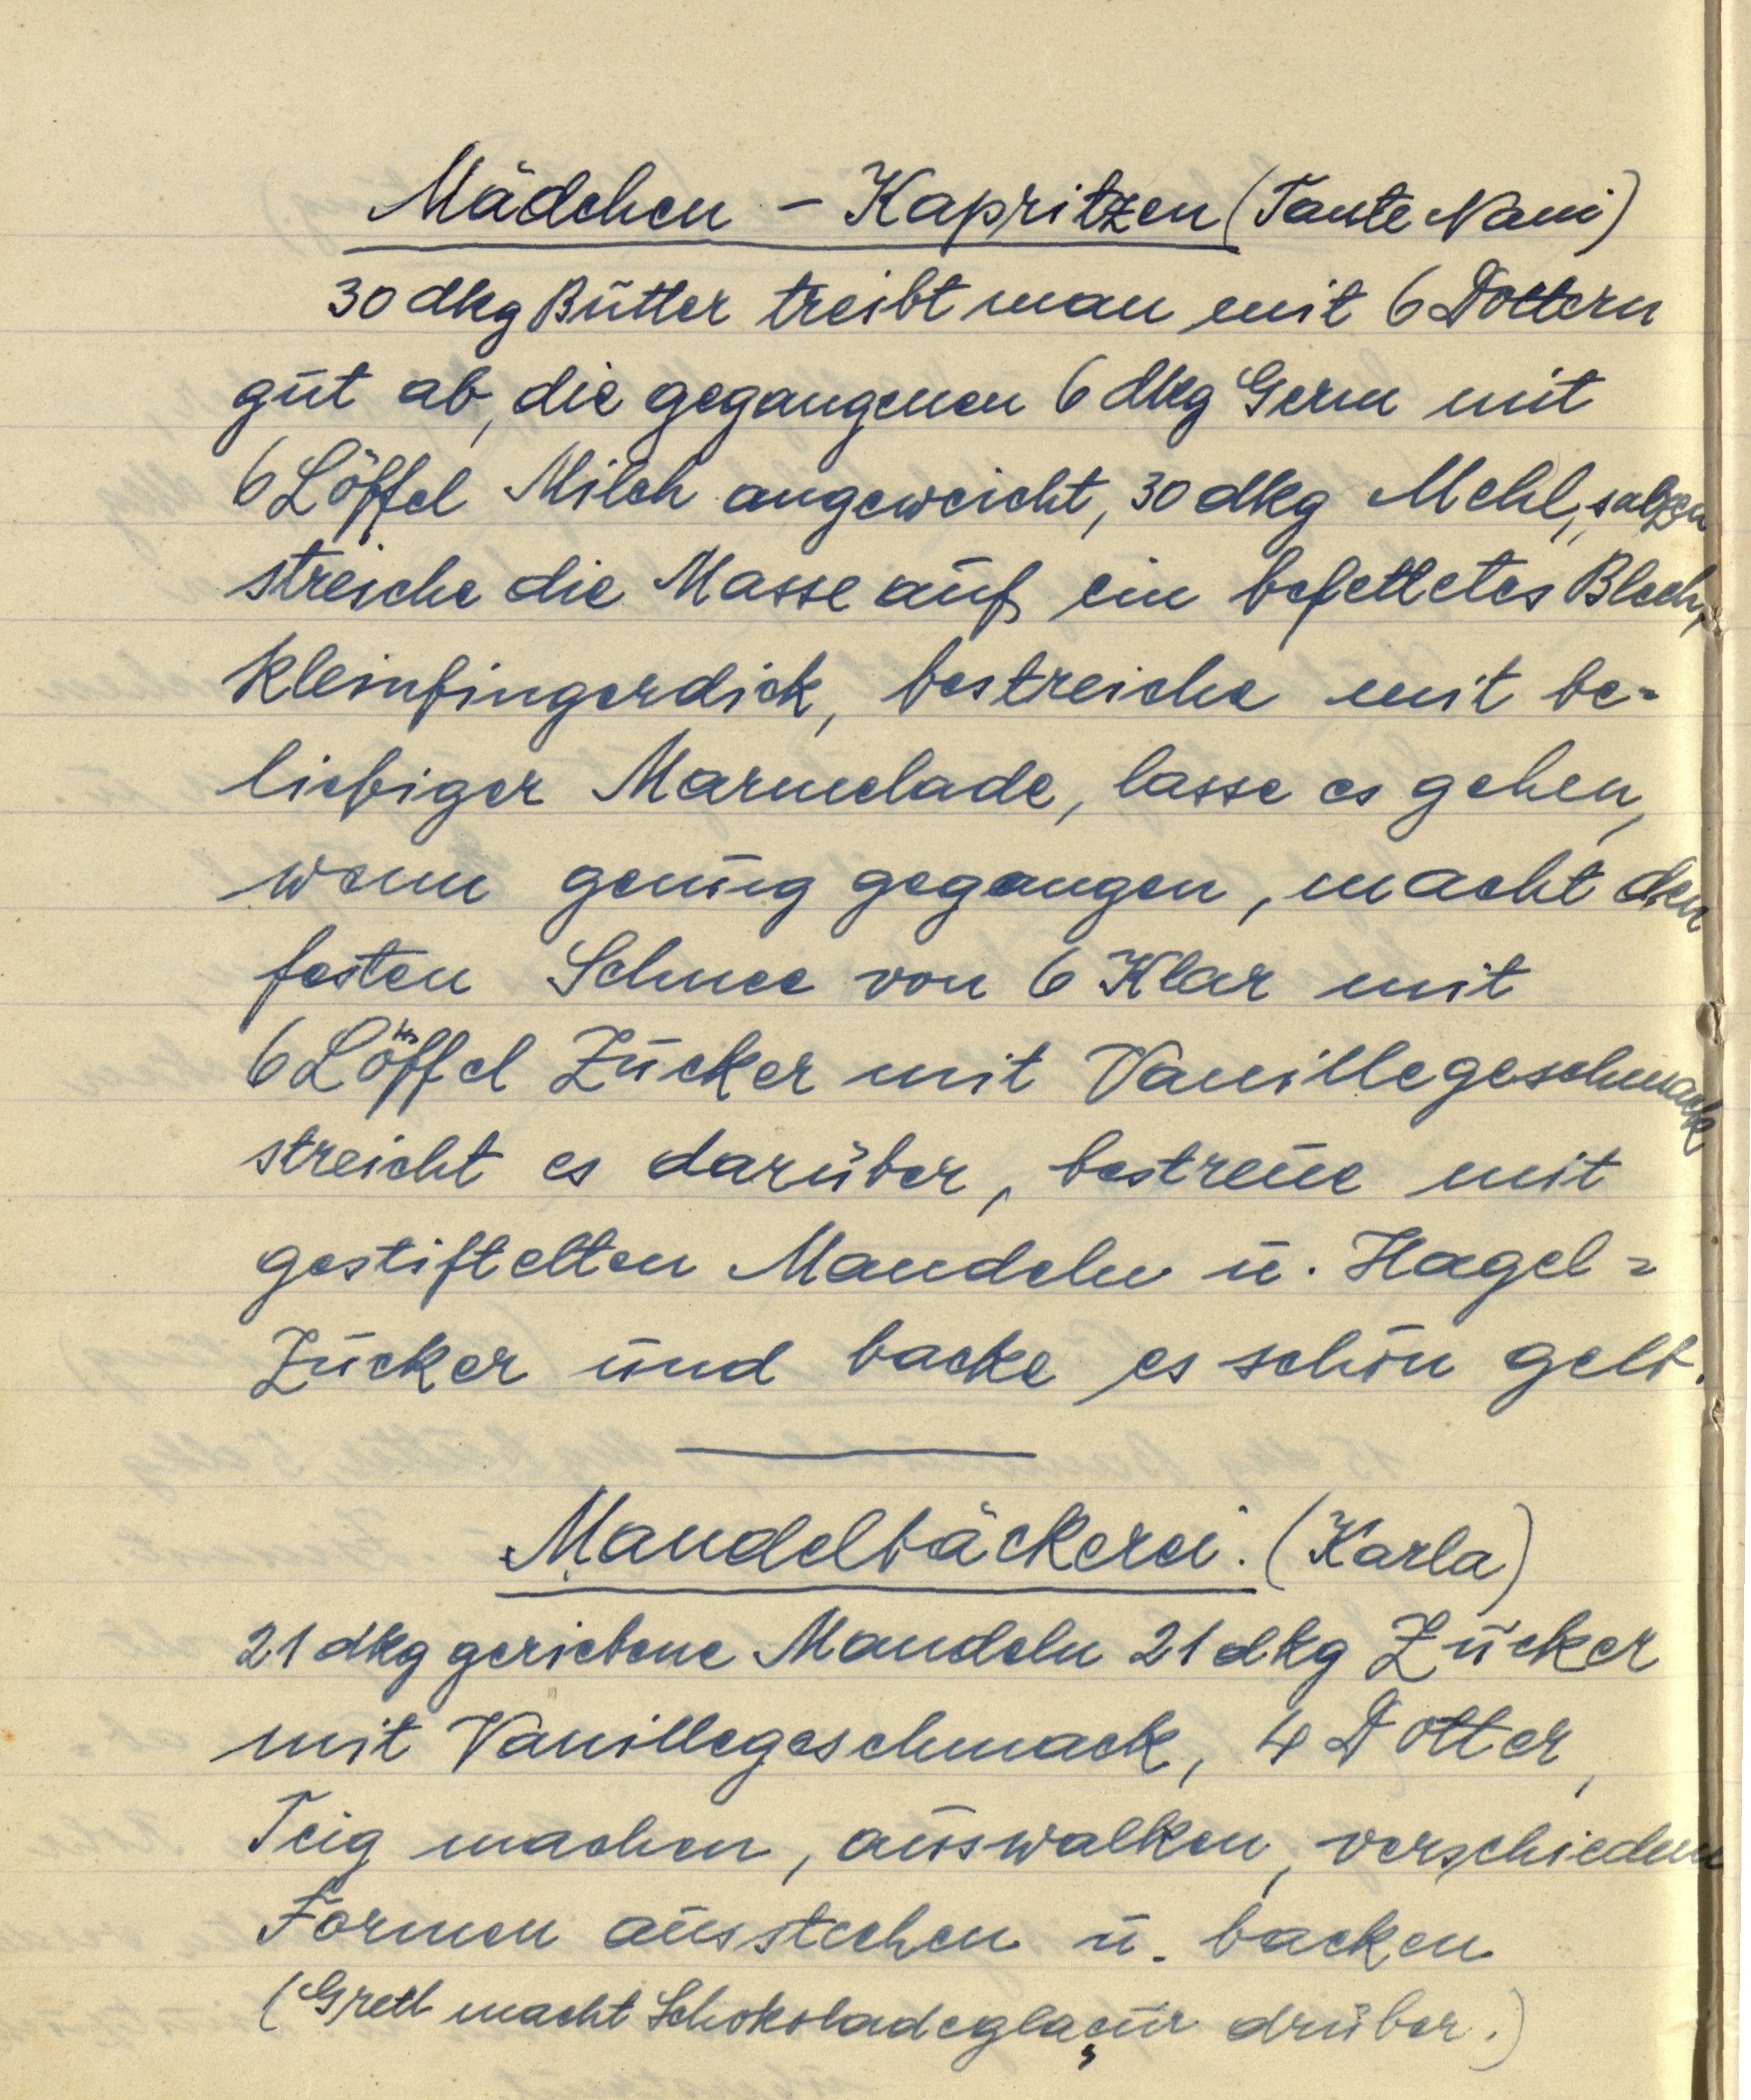
Mädchen — Kapritzen (Tante Nani)
30 dkg Butter treibt man mit 6 Dottern
gut ab, die gegangenen 6 dkg Germ mit
6 Löffel Milch angeweicht, 30 dkg Mehl, salzen
streiche die Masse auf ein befettetes Blech,
kleinfingerdick, bestreiche mit be¬
liebiger Marmelade, lasse es gehen,
wenn genug gegangen, macht den
festen Schnee von 6 Klar mit
6 Löffel Zucker mit Vanillegeschmack,
streicht es darüber, bestreue mit
gestiftelten Mandeln u. Hagel¬
Zucker und backe es schön gelb.

Mandelbäckerei. (Karla)
21 dkg geriebene Mandeln 21 dkg Zucker
mit Vanillegeschmack, 4 Dotter,
Teig machen, auswalken, verschiedene
Formen ausstechen u. backen
(Gretl macht Schokoladeglaçur drüber.)